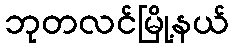
ဘုတလင်မြို့နယ်